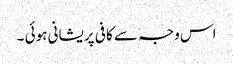
اس وجہ سے کافی پریشانی ہوئی ۔